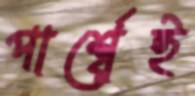
পার্শ্বেই